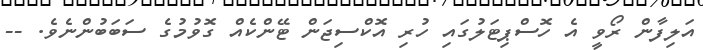
އަލިފާން ރޯވީ އެ ހޮސްޕިޓަލުގައި ހުރި އޮކްސިޖަން ޓޭންކެއް ގޮވުމުގެ ސަބަބުންނެވެ. --